Medical and sanitary report of the native army of Bengal for the year
Year: 1874
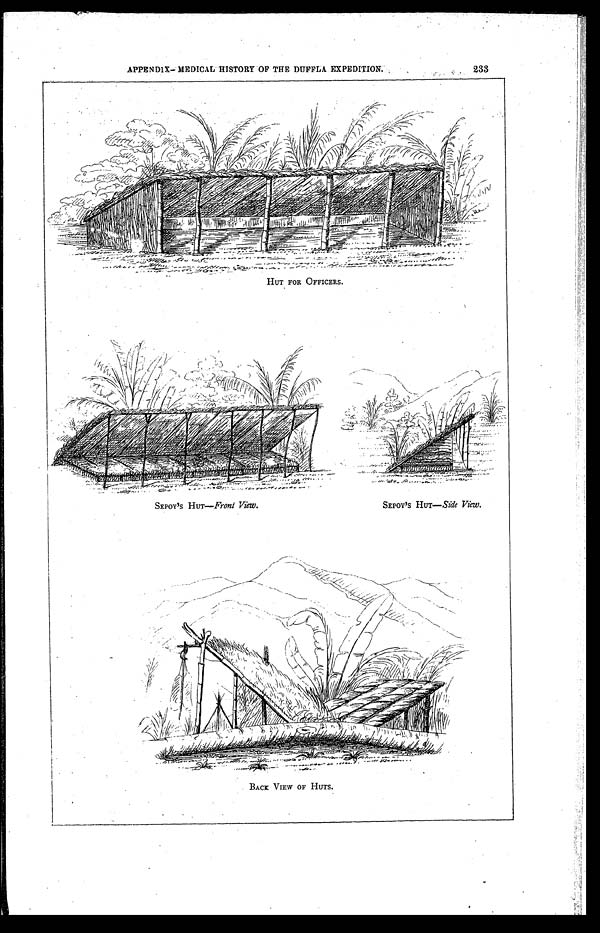
APPENDIX- MEDICAL HISTORY OF THE DUFFLA EXPEDITION. 233